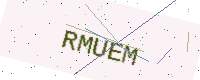
Text: RMUEM